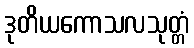
ဒုတိယကောသလသုတ္တံ